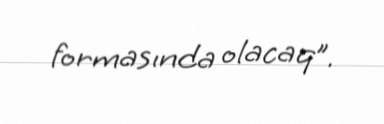
formasında olacaq”.